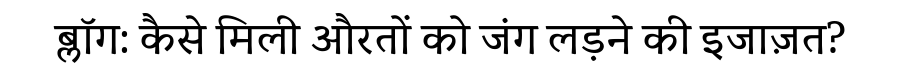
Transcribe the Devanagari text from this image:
ब्लॉग: कैसे मिली औरतों को जंग लड़ने की इजाज़त?